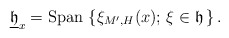
\begin{align*}\underline{\mathfrak{h}}_{x}={\rm Span\,}\left\{ \xi_{M',H}(x);\, \xi\in\mathfrak{h}\, \right\}.\end{align*}